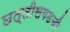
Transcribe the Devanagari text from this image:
छत्तीसगडची